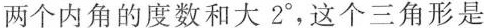
两个内角的度数和大2°，这个三角形是